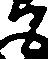
て